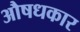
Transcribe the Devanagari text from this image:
औषधकार